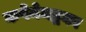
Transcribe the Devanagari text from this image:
कपेनेमद्धका